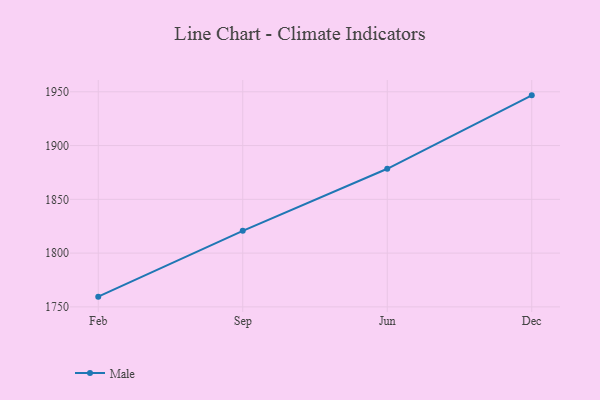
{"axis": {"x": "Month", "y": "Gross Profit (USD K)"}, "legend": ["Male"], "data": [{"x": "Feb", "y": 1759.5, "type": "Male"}, {"x": "Sep", "y": 1820.7, "type": "Male"}, {"x": "Jun", "y": 1878.4, "type": "Male"}, {"x": "Dec", "y": 1946.7, "type": "Male"}]}